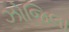
ઝોજિલા